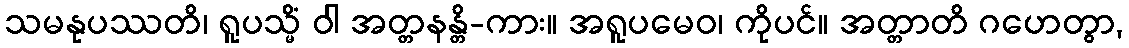
သမနုပဿတိ၊ ရူပသ္မိံ ဝါ အတ္တနန္တိ-ကား။ အရူပမေဝ၊ ကိုပင်။ အတ္တာတိ ဂဟေတွာ,